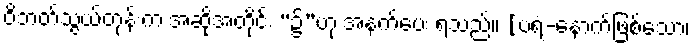
ဝိဘတ်သွယ်တုန်းက အဆိုအတိုင်း “၌”ဟု အနက်ပေး ရသည်။ [ပရံ-နောက်ဖြစ်သော၊